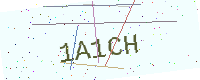
Text: 1A1CH